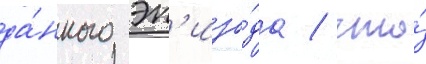
да́нного эп'изо́да / что́